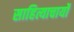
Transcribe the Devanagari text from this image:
साहित्याचार्यो